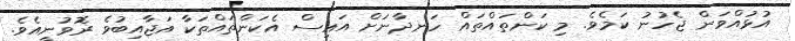
އުޅުއްވަން ޖެހުނު ކަމެވެ. މި ކަންތައްތައް ހަނދާނަށް އައިސް އެކަންތައްތަކާ އަޖާއިބުވެ ރޮވުނީއެވެ.